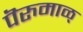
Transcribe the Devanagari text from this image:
पॆरुमाळ्